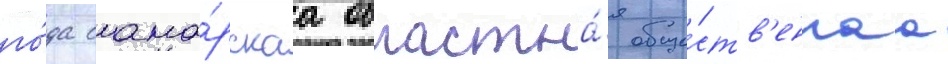
го́да сама́рскаа областна́я обще́ств'еннаа